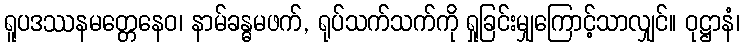
ရူပဒဿနမတ္တေနေဝ၊ နာမ်ခန္ဓမဖက်, ရုပ်သက်သက်ကို ရှုခြင်းမျှကြောင့်သာလျှင်။ ဝုဋ္ဌာနံ၊